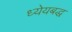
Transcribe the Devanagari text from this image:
ध्येयबद्ध